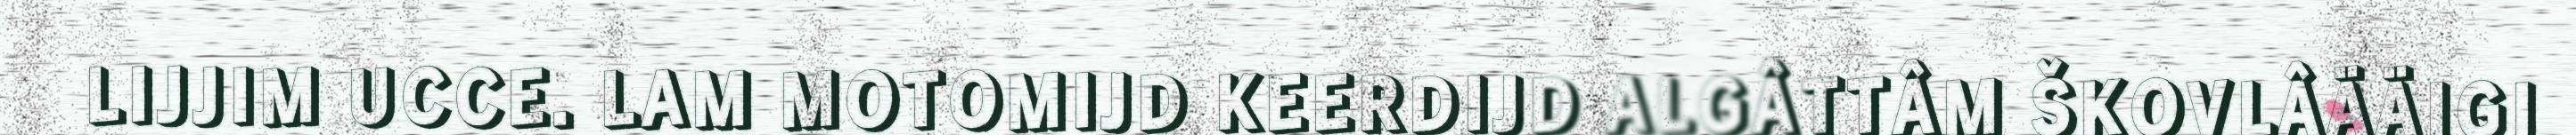
LIJJIM UCCE. LAM MOTOMIJD KEERDIJD ALGÂTTÂM ŠKOVLÂÄÄIGI